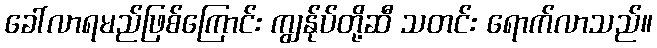
ခေါ်လာရမည်ဖြစ်ကြောင်း ကျွန်ုပ်တို့ဆီ သတင်း ရောက်လာသည်။